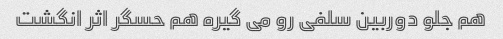
هم جلو دوربین سلفی رو می گیره هم حسگر اثر انگشت